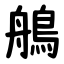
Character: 鵃